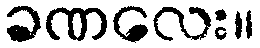
ခဏလေး။